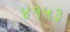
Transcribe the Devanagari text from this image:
४१५३